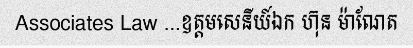
Associates Law ...ឧត្តមសេនីយ៍ឯក ហ៊ុន ម៉ាណែត